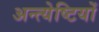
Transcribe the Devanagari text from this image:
अन्त्येष्टियों